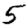
Digit: 5